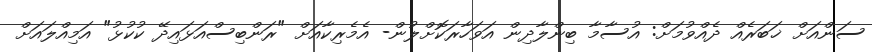
ސަންއަށް ޚަބަރެއް ދެއްވުމަށް: އުސާމާ ބިންލާދިން އަވަހާރަކޮށްލުން- އެމެރިކާއަށް "ރަންބިސްއަޅައިދޭ ކުކުޅު" އަމިއްލައަށް